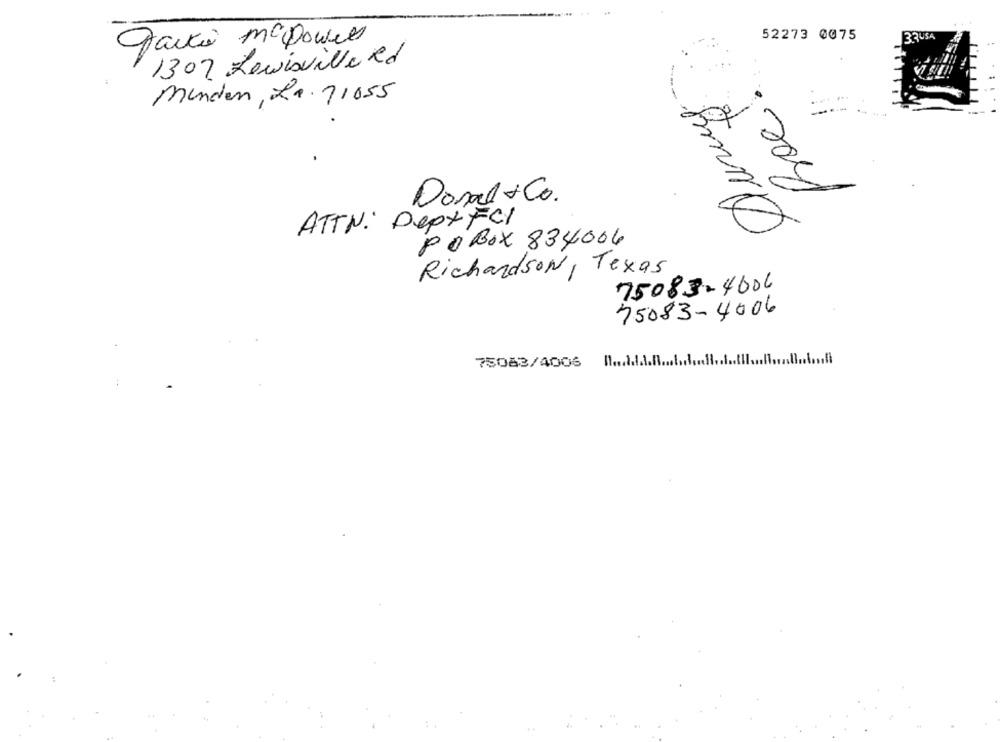
52273 0075
33USA
Faità McDownes
1307 Lewisville Red
Durug
Minden, La. 71055
Donal&Co.
ATTN: DeptFel
PO Box 834006
Richardson, Texas
75083-4006
75083-4006
75083/4006 Il .....